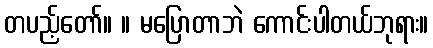
တပည့်တော်။ ။ မပြောတာဘဲ ကောင်းပါတယ်ဘုရား။